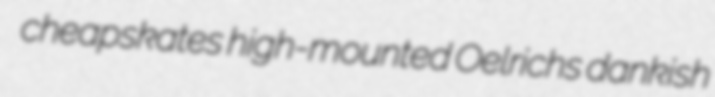
cheapskates high-mounted Oelrichs dankish